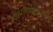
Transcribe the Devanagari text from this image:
गीतरामायणासारखी